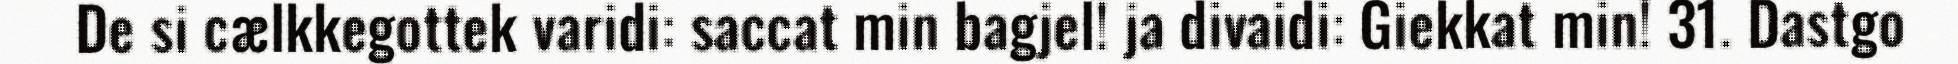
De si cælkkegottek varidi: saccat min bagjel! ja divaidi: Giekkat min! 31. Dastgo